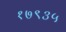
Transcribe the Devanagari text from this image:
१७९३५